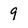
Character: 9